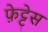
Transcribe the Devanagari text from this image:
फ़ेट्टेस